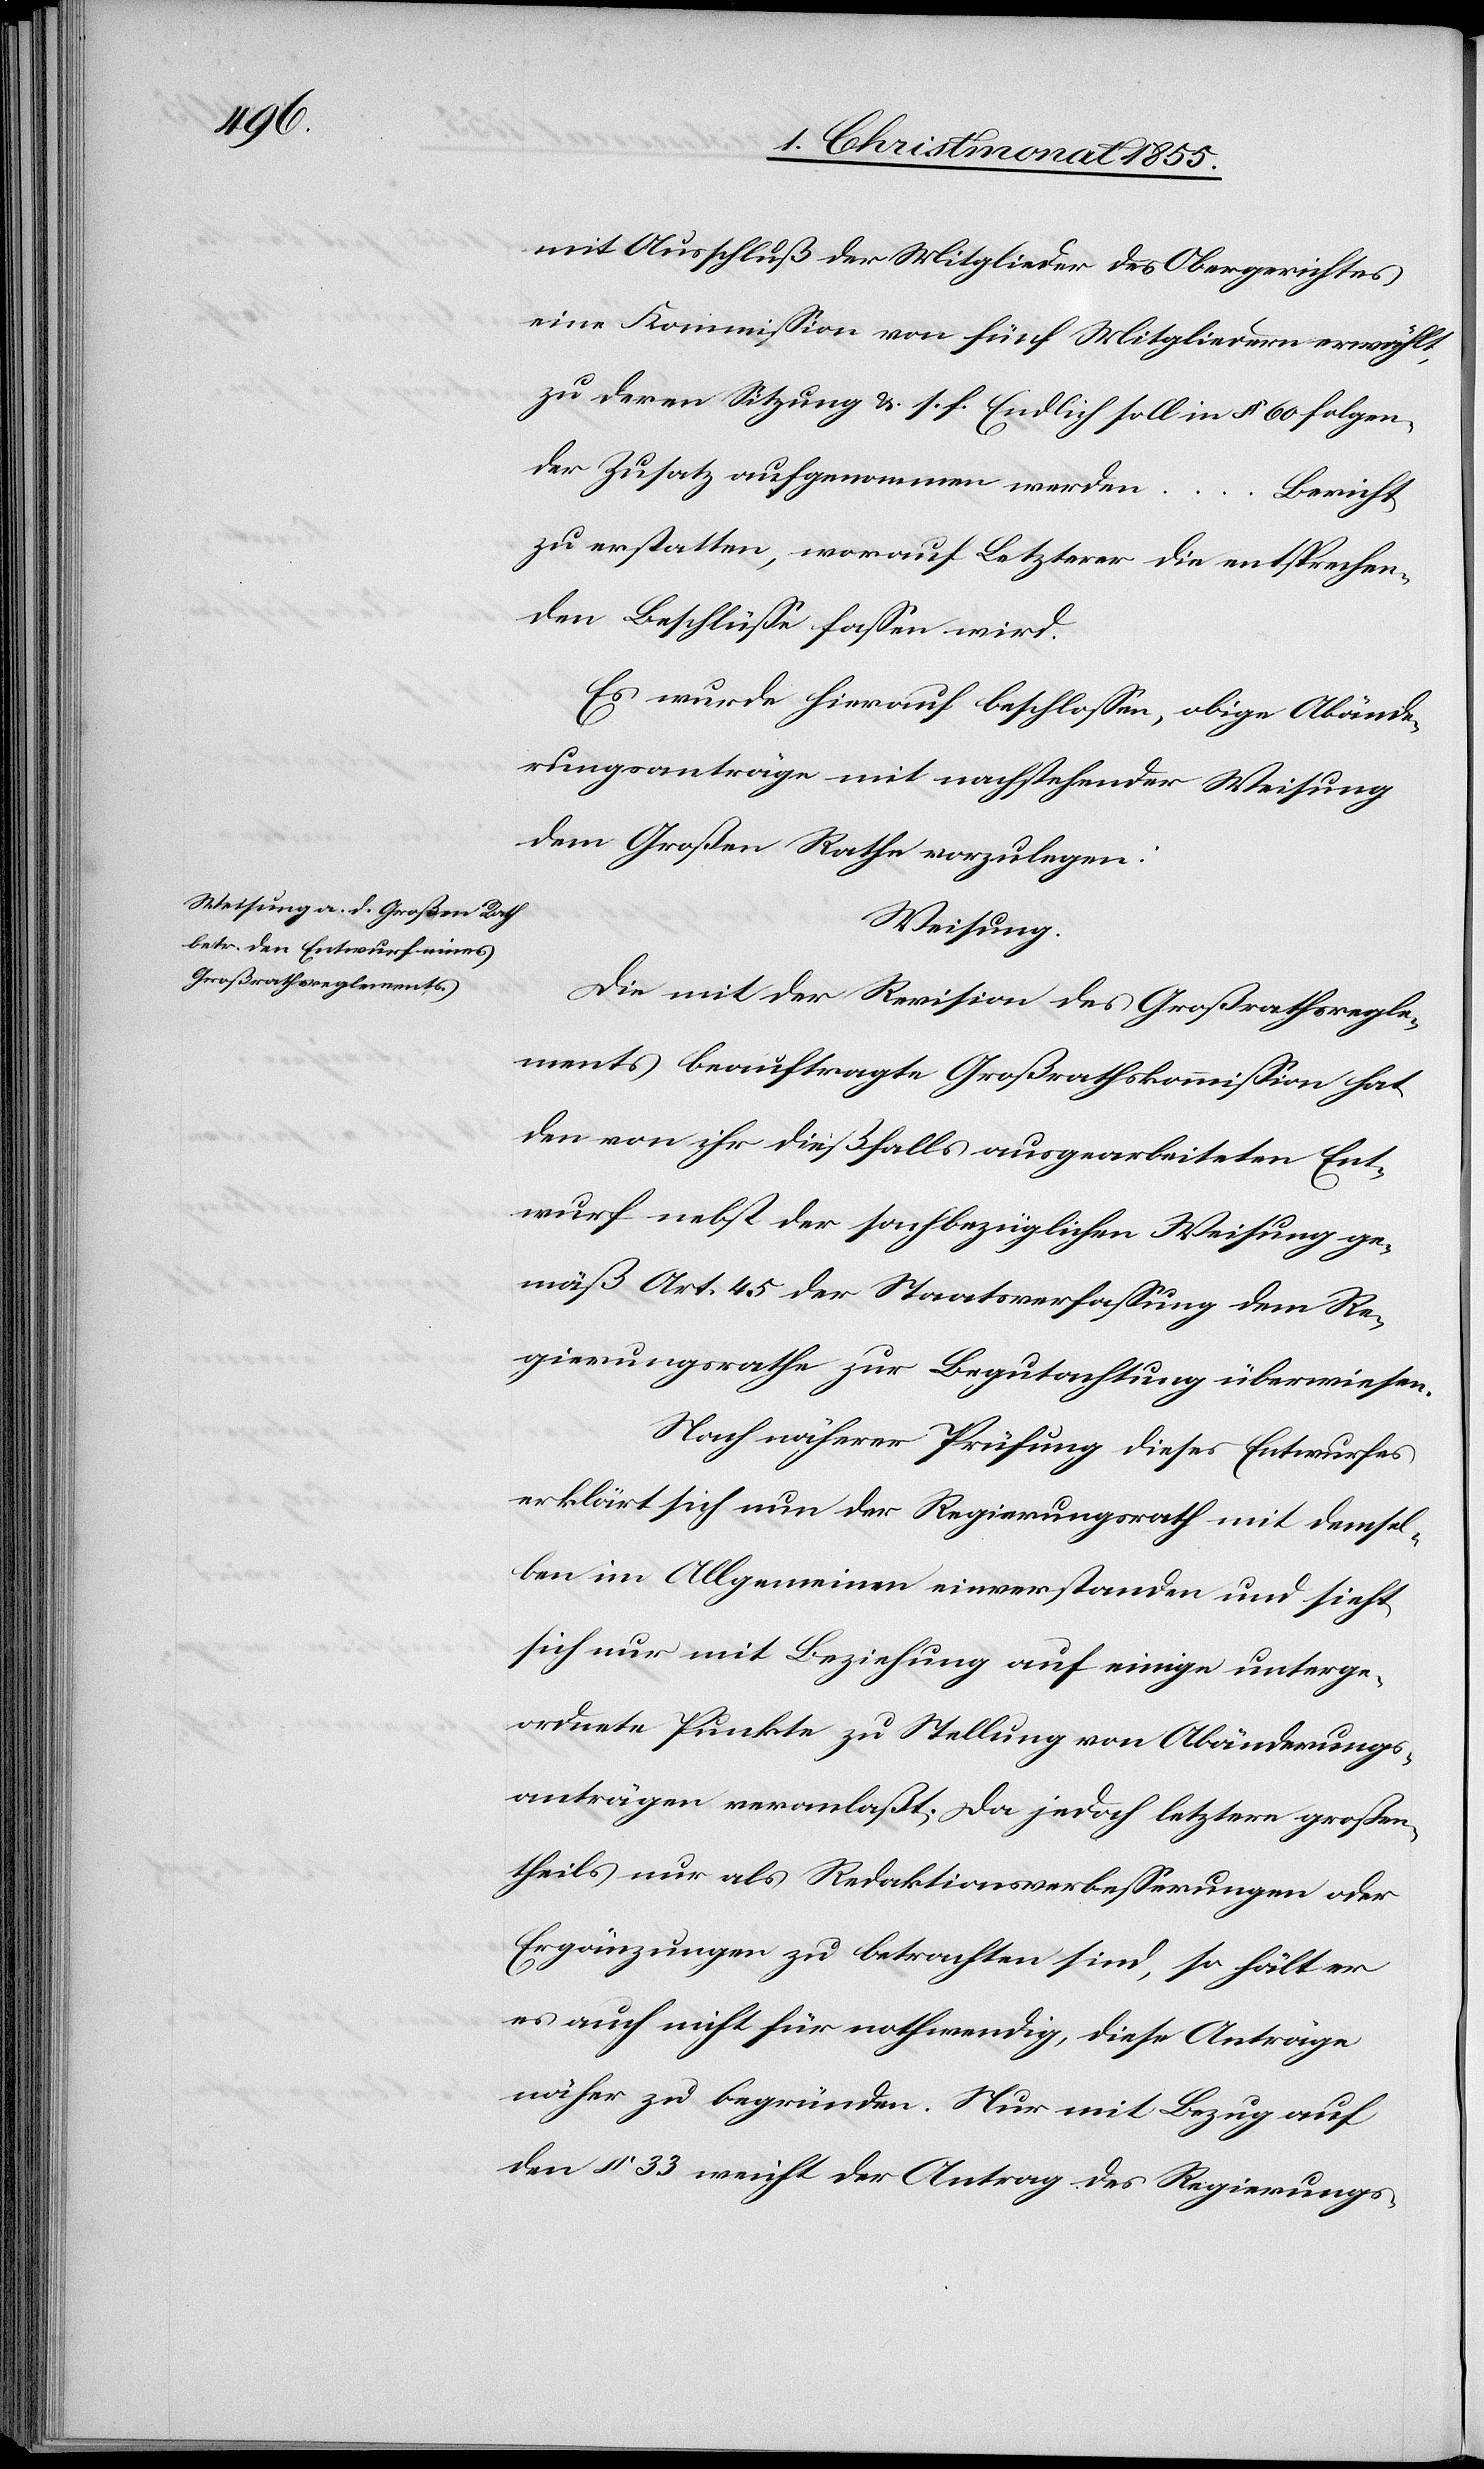
mit Ausschluß der Mitglieder des Obergerichtes
eine Kommission von fünf Mitgliedern erwählt,
zu deren Sitzung &. s. f. Endlich soll in § 60 folgen¬
der Zusatz aufgenommen werden
Bericht
zu erstatten, worauf Letzterer die entsprechen¬
den Beschlüsse fassen wird.
Es wurde hierauf beschlossen, obige Abände¬
rungsanträge mit nachstehender Weisung
dem Großen Rathe vorzulegen:
Weisung.
Die mit der Revision des Großrathsregle¬
ments beauftragte Großrathskommission hat
den von ihr dießfalls ausgearbeiteten Ent¬
wurf nebst der sachbezüglichen Weisung ge¬
mäß Art. 45 der Staatsverfassung dem Re¬
gierungsrathe zur Begutachtung überwiesen.
Nach näherer Prüfung dieses Entwurfes
erklärt sich nun der Regierungsrath mit demsel¬
ben im Allgemeinen einverstanden und sieht
sich nur mit Beziehung auf einige unterge¬
ordnete Punkte zu Stellung von Abänderungs¬
anträgen veranlaßt. Da jedoch letztere großen¬
theils nur als Redaktionsverbesserungen oder
Ergänzungen zu betrachten sind, so hält er
es auch nicht für nothwendig, diese Anträge
näher zu begründen. Nur mit Bezug auf
den § 33 weicht der Antrag des Regierungs-